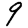
Digit: 9